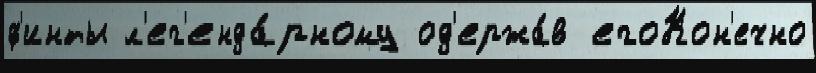
ф'инты л'ег'енда́рному од'ержа́в егоКон'ечно